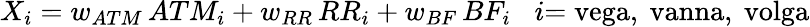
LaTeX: X_{i}=w_{ATM}\, {ATM_{i}}+w_{RR}\, {RR_{i}}+w_{BF}\, {BF_{i}}\, \, \, \, \, i{\mathrm{=vega,~vanna,~volga}}